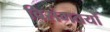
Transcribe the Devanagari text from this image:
विसंगतयों